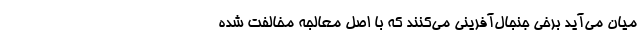
میان می‌آید برخی جنجال‌آفرینی می‌کنند که با اصل معالجه مخالفت شده